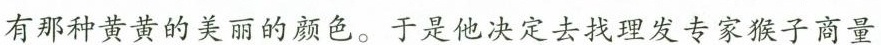
有那种黄黄的美丽的颜色。于是他决定去找理发专家猴子商量